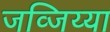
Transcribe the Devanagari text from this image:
जव्जिय्या